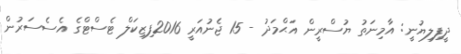
ދީފިލިޔުނީ: އާމިނަތު ޔުސްރީން އަޙްމަދު - 15 ޖެނުއަރީ 2016ފިޒިކަލް ޓެސްޓްގެ އެސެސަރުން